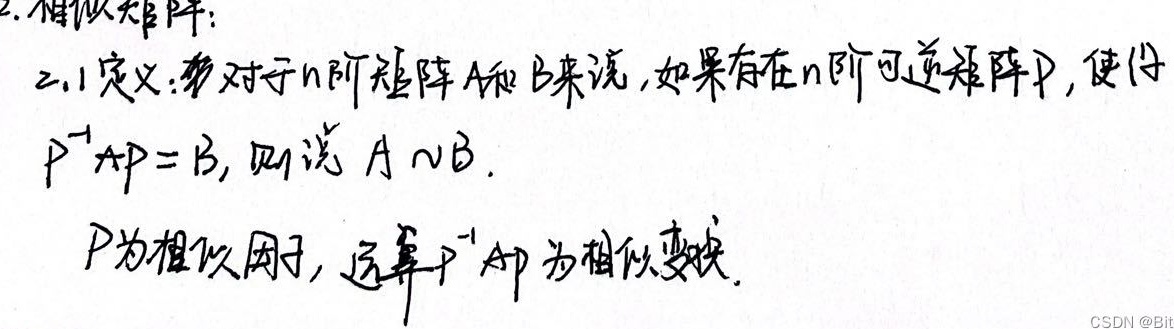
2. 相似矩阵：
2.1 定义：对于\(n\)阶矩阵\(A\)和\(B\)来说，如果存在\(n\)阶可逆矩阵\(P\)，使得\(P^{-1}AP = B\)，则说 \(A\sim B\)。\(P\)为相似因子，运算\(P^{-1}AP\)为相似变换。